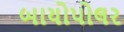
બાયોપોલર